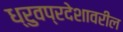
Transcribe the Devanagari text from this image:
ध्रुवप्रदेशावरील